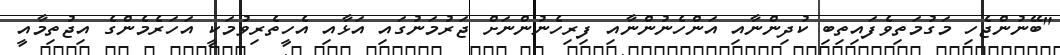
"ބޭނުންޖެހި މަގުމަތިވެފައިތިބި ކުދިންނާއި އަންހެނުންނާއި ފިރިހެނުންނަށް ޖަރުމަނުގައި އަޅާއި އެހީތެރިވުމަކީ އަހަރެމެންގެ އިޖުތިމާއީ